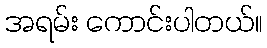
အရမ်း ကောင်းပါတယ်။